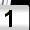
Digit: 1